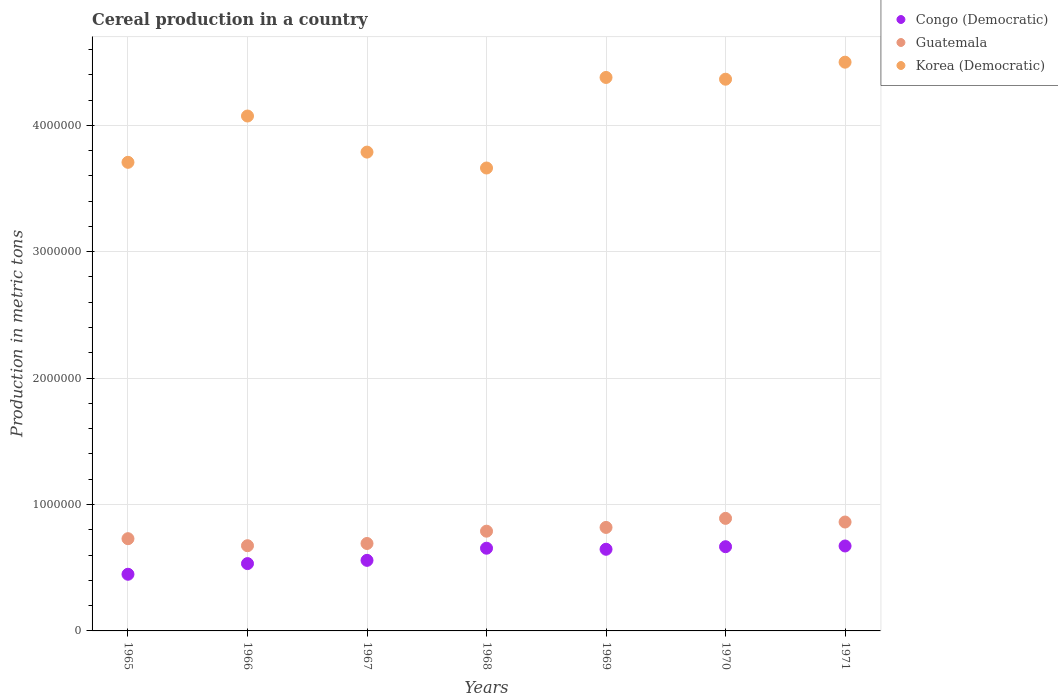
| Years | Congo (Democratic) | Guatemala | Korea (Democratic) |
 | --- | --- | --- | --- |
 | 1965 | 4.48e+05 | 7.3e+05 | 3.71e+06 |
 | 1966 | 5.33e+05 | 6.74e+05 | 4.07e+06 |
 | 1967 | 5.58e+05 | 6.92e+05 | 3.79e+06 |
 | 1968 | 6.54e+05 | 7.89e+05 | 3.66e+06 |
 | 1969 | 6.46e+05 | 8.19e+05 | 4.38e+06 |
 | 1970 | 6.66e+05 | 8.9e+05 | 4.36e+06 |
 | 1971 | 6.72e+05 | 8.61e+05 | 4.5e+06 |